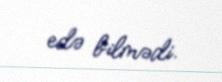
edə bilmədi.